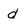
Character: d